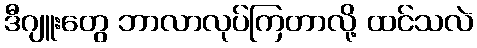
ဒီဂျူးတွေ ဘာလာလုပ်ကြတာလို့ ထင်သလဲ